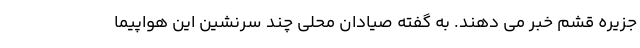
جزیره قشم خبر می دهند. به گفته صیادان محلی چند سرنشین این هواپیما